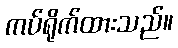
ကပ်ရိုက်ထားသည်။